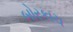
બોરકાચ